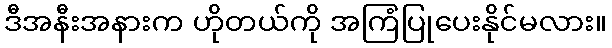
ဒီအနီးအနားက ဟိုတယ်ကို အကြံပြုပေးနိုင်မလား။